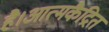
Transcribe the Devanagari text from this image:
है।आत्मकैद्रित